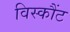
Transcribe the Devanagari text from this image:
विस्कौंट